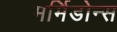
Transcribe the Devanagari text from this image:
मर्मिडोन्स